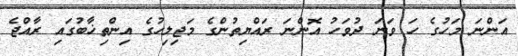
އަންނަ މަހުގެ ހަ ވަނަ ދުވަހު އޮންނަ ރައްޔިތުންގެ މަޖިލިހުގެ އިންތިޚާބުގައި ރާއްޖެ